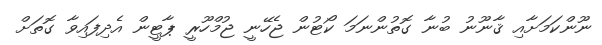
ނޫންކަމަށާއި ޤާނޫނު ބުނާ ގޮތުންނަމަ ކޯޓުން ޖެހޭނީ ޖުމްހޫރީ ޕާޓީން އެދިފައިވާ ގޮތަށް